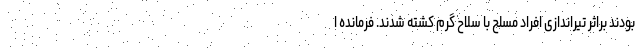
بودند براثر تیراندازی افراد مسلح با سلاح گرم کشته شدند. فرمانده ا